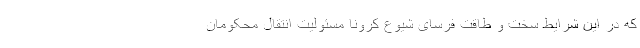
که در این شرایط سخت و طاقت فرسای شیوع کرونا مسئولیت انتقال محکومان